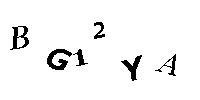
BG12YA